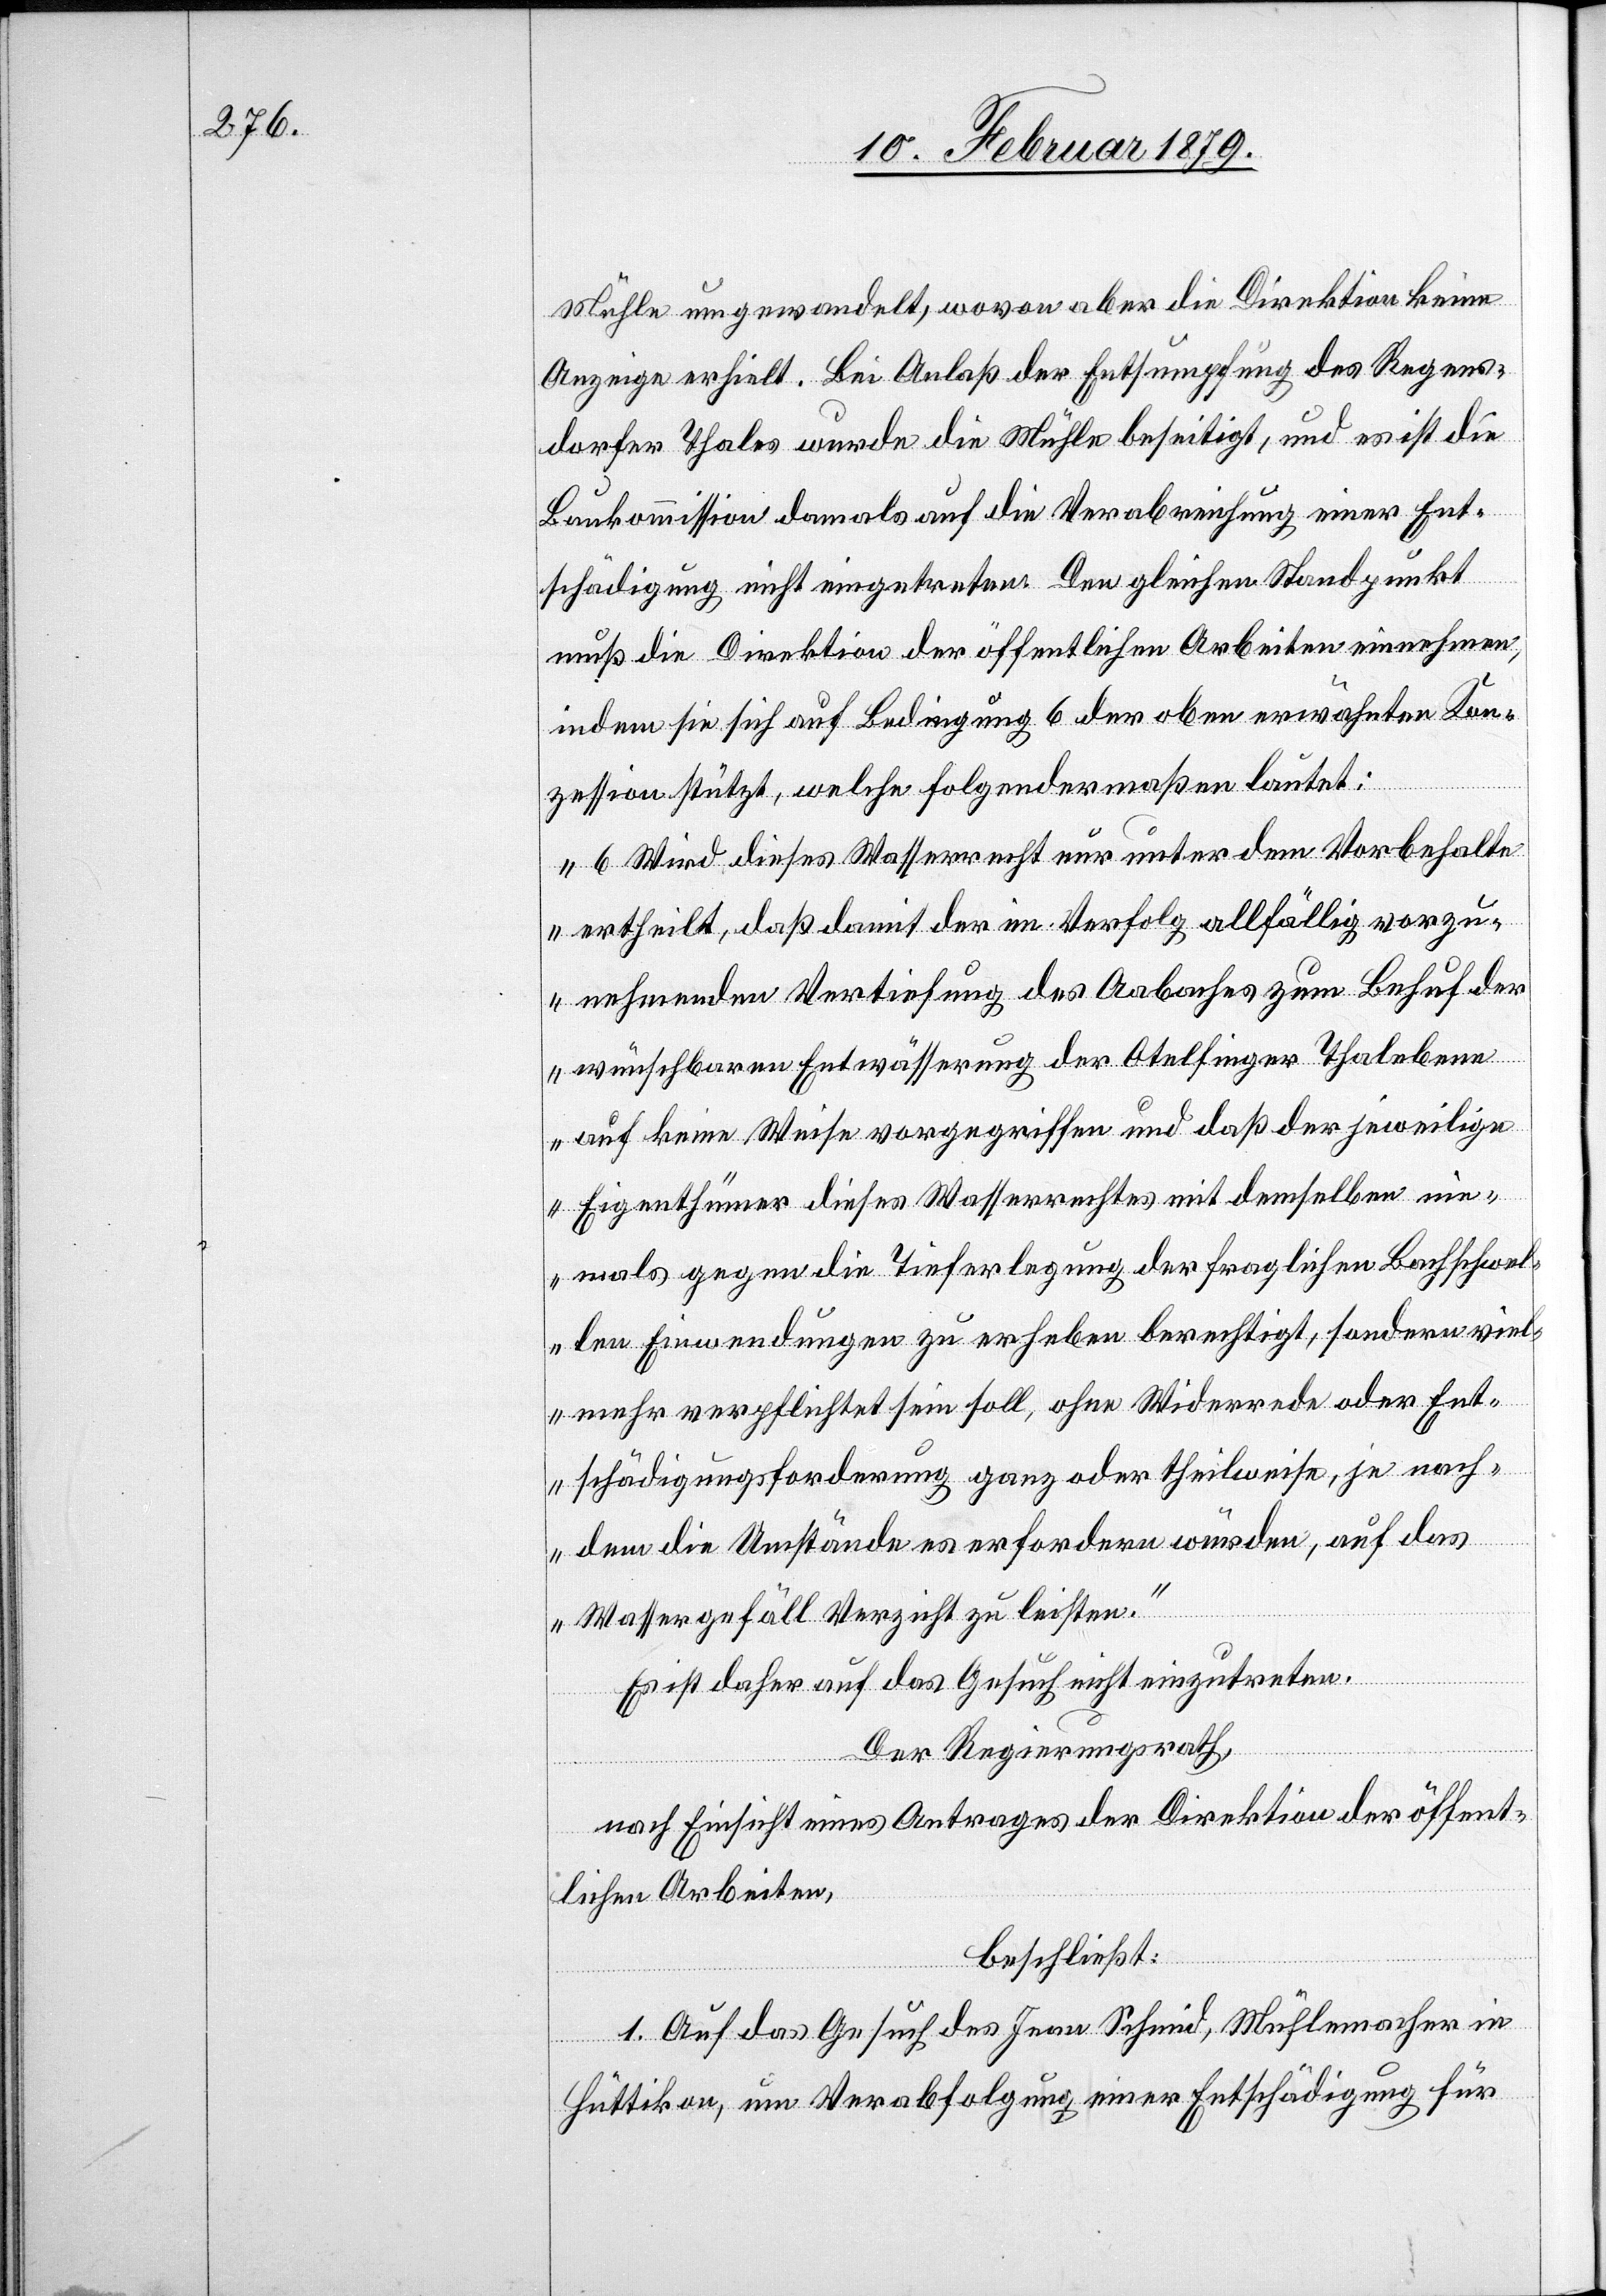
Mühle umgewandelt, wovon aber die Direktion keine
Anzeige erhielt. Bei Anlaß der Entsumpfung des Regens¬
dorfer Thales wurde die Mühle beseitigt, und es ist die
Baukommission damals auf die Verabreichung einer Ent¬
schädigung nicht eingetreten. Den gleichen Standpunkt
muß die Direktion der öffentlichen Arbeiten einnehmen,
indem sie sich auf Bedingung 6 der oben erwähnten Kon¬
zession stützt, welche folgendermaßen lautet:
„6 Wird dieses Wasserrecht nur unter dem Vorbehalte
ertheilt, daß damit der im Verfolg allfällig vorzu¬
nehmenden Vertiefung des Aabaches zum Behuf der
wünschbaren Entwässerung der Otelfinger Thalebene
auf keine Weise vorgegriffen und daß der jeweilige
Eigenthümer dieses Wasserrechtes mit demselben nie¬
mals gegen die Tieferlegung der fraglichen Bachschwel¬
len Einwendungen zu erheben berechtigt, sondern viel¬
mehr verpflichtet sein soll, ohne Widerrede oder Ent¬
schädigungsforderung ganz oder theilweise, je nach¬
dem die Umstände es erfordern würden, auf das
Wassergefäll Verzicht zu leisten.“
Es ist daher auf das Gesuch nicht einzutreten.
Der Regierungsrath,
nach Einsicht eines Antrages der Direktion der öffent¬
lichen Arbeiten,
beschließt:
1. Auf das Gesuch des Jean Schmid, Mühlemacher in
Hüttikon, um Verabfolgung einer Entschädigung für